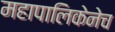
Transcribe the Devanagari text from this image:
महापालिकेनेच